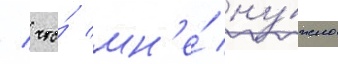
/ что́ мн'е́ ну́жно